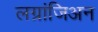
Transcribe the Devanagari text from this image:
लग्रांजिअन